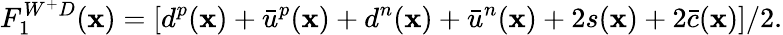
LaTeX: F_{1}^{W^{+}D}(\mathbf{x})=\left[d^{p}(\mathbf{x})+\bar{{u}}^{p}(\mathbf{x})+d^{n}(\mathbf{x})+\bar{{u}}^{n}(\mathbf{x})+2s(\mathbf{x})+2\bar{{c}}(\mathbf{x})\right]/2.